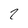
Character: 2